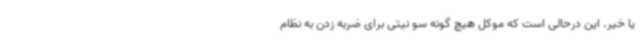
یا خیر. این درحالی است که موکل هیچ گونه سو نیتی برای ضربه زدن به نظام